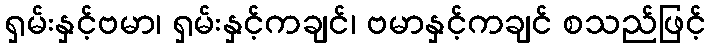
ရှမ်းနှင့်ဗမာ၊ ရှမ်းနှင့်ကချင်၊ ဗမာနှင့်ကချင် စသည်ဖြင့်